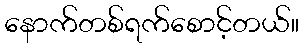
နောက်တစ်ရက်စောင့်တယ်။